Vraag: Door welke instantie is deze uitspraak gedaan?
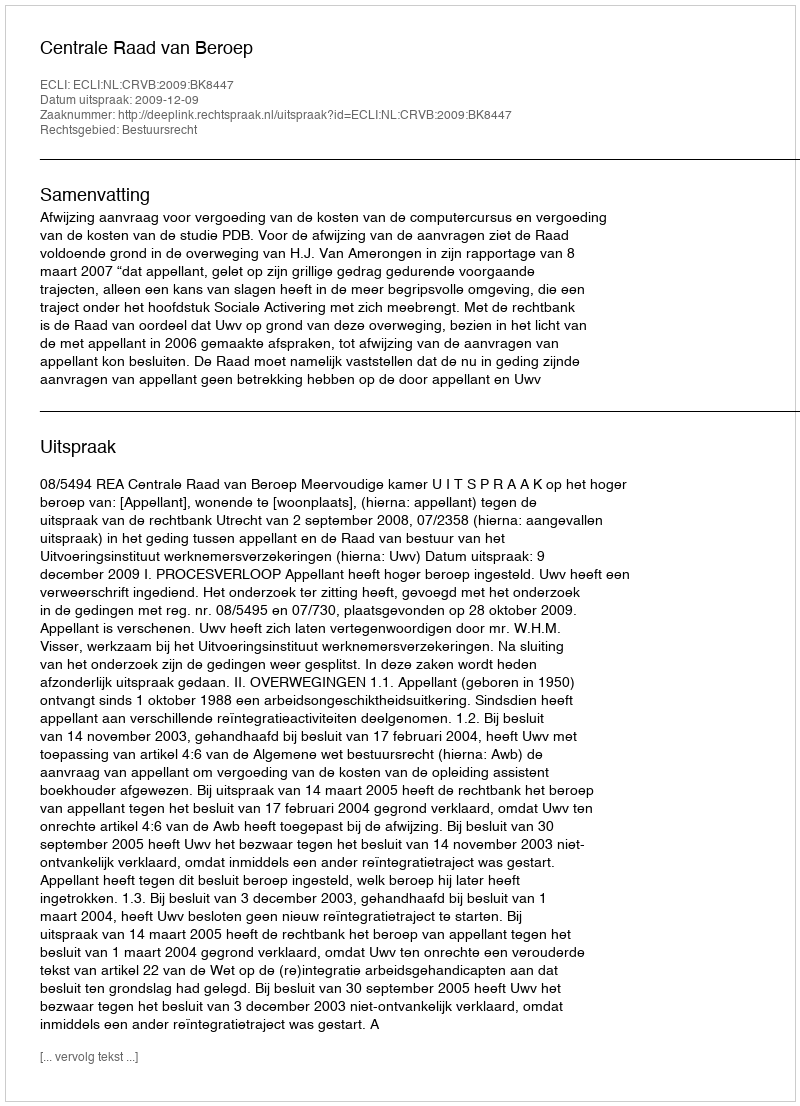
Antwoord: Centrale Raad van Beroep